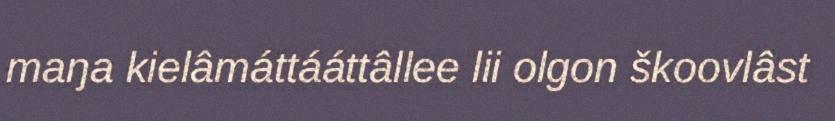
maŋa kielâmáttááttâllee lii olgon škoovlâst